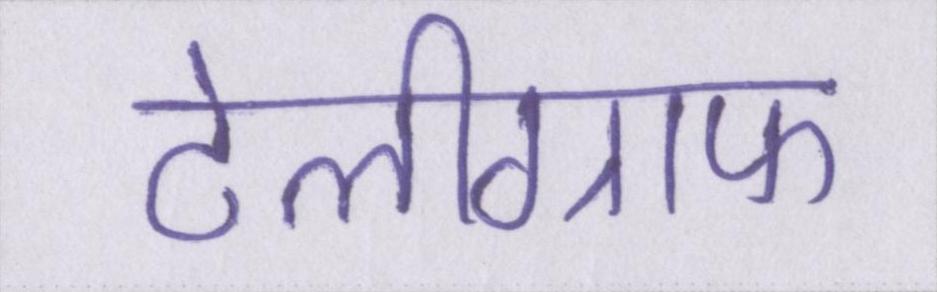
टेलीग्राफ